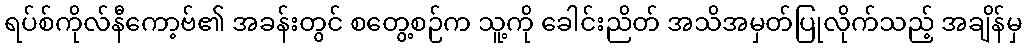
ရပ်စ်ကိုလ်နီကော့ဗ်၏ အခန်းတွင် စတွေ့စဉ်က သူ့ကို ခေါင်းညိတ် အသိအမှတ်ပြုလိုက်သည့် အချိန်မှ